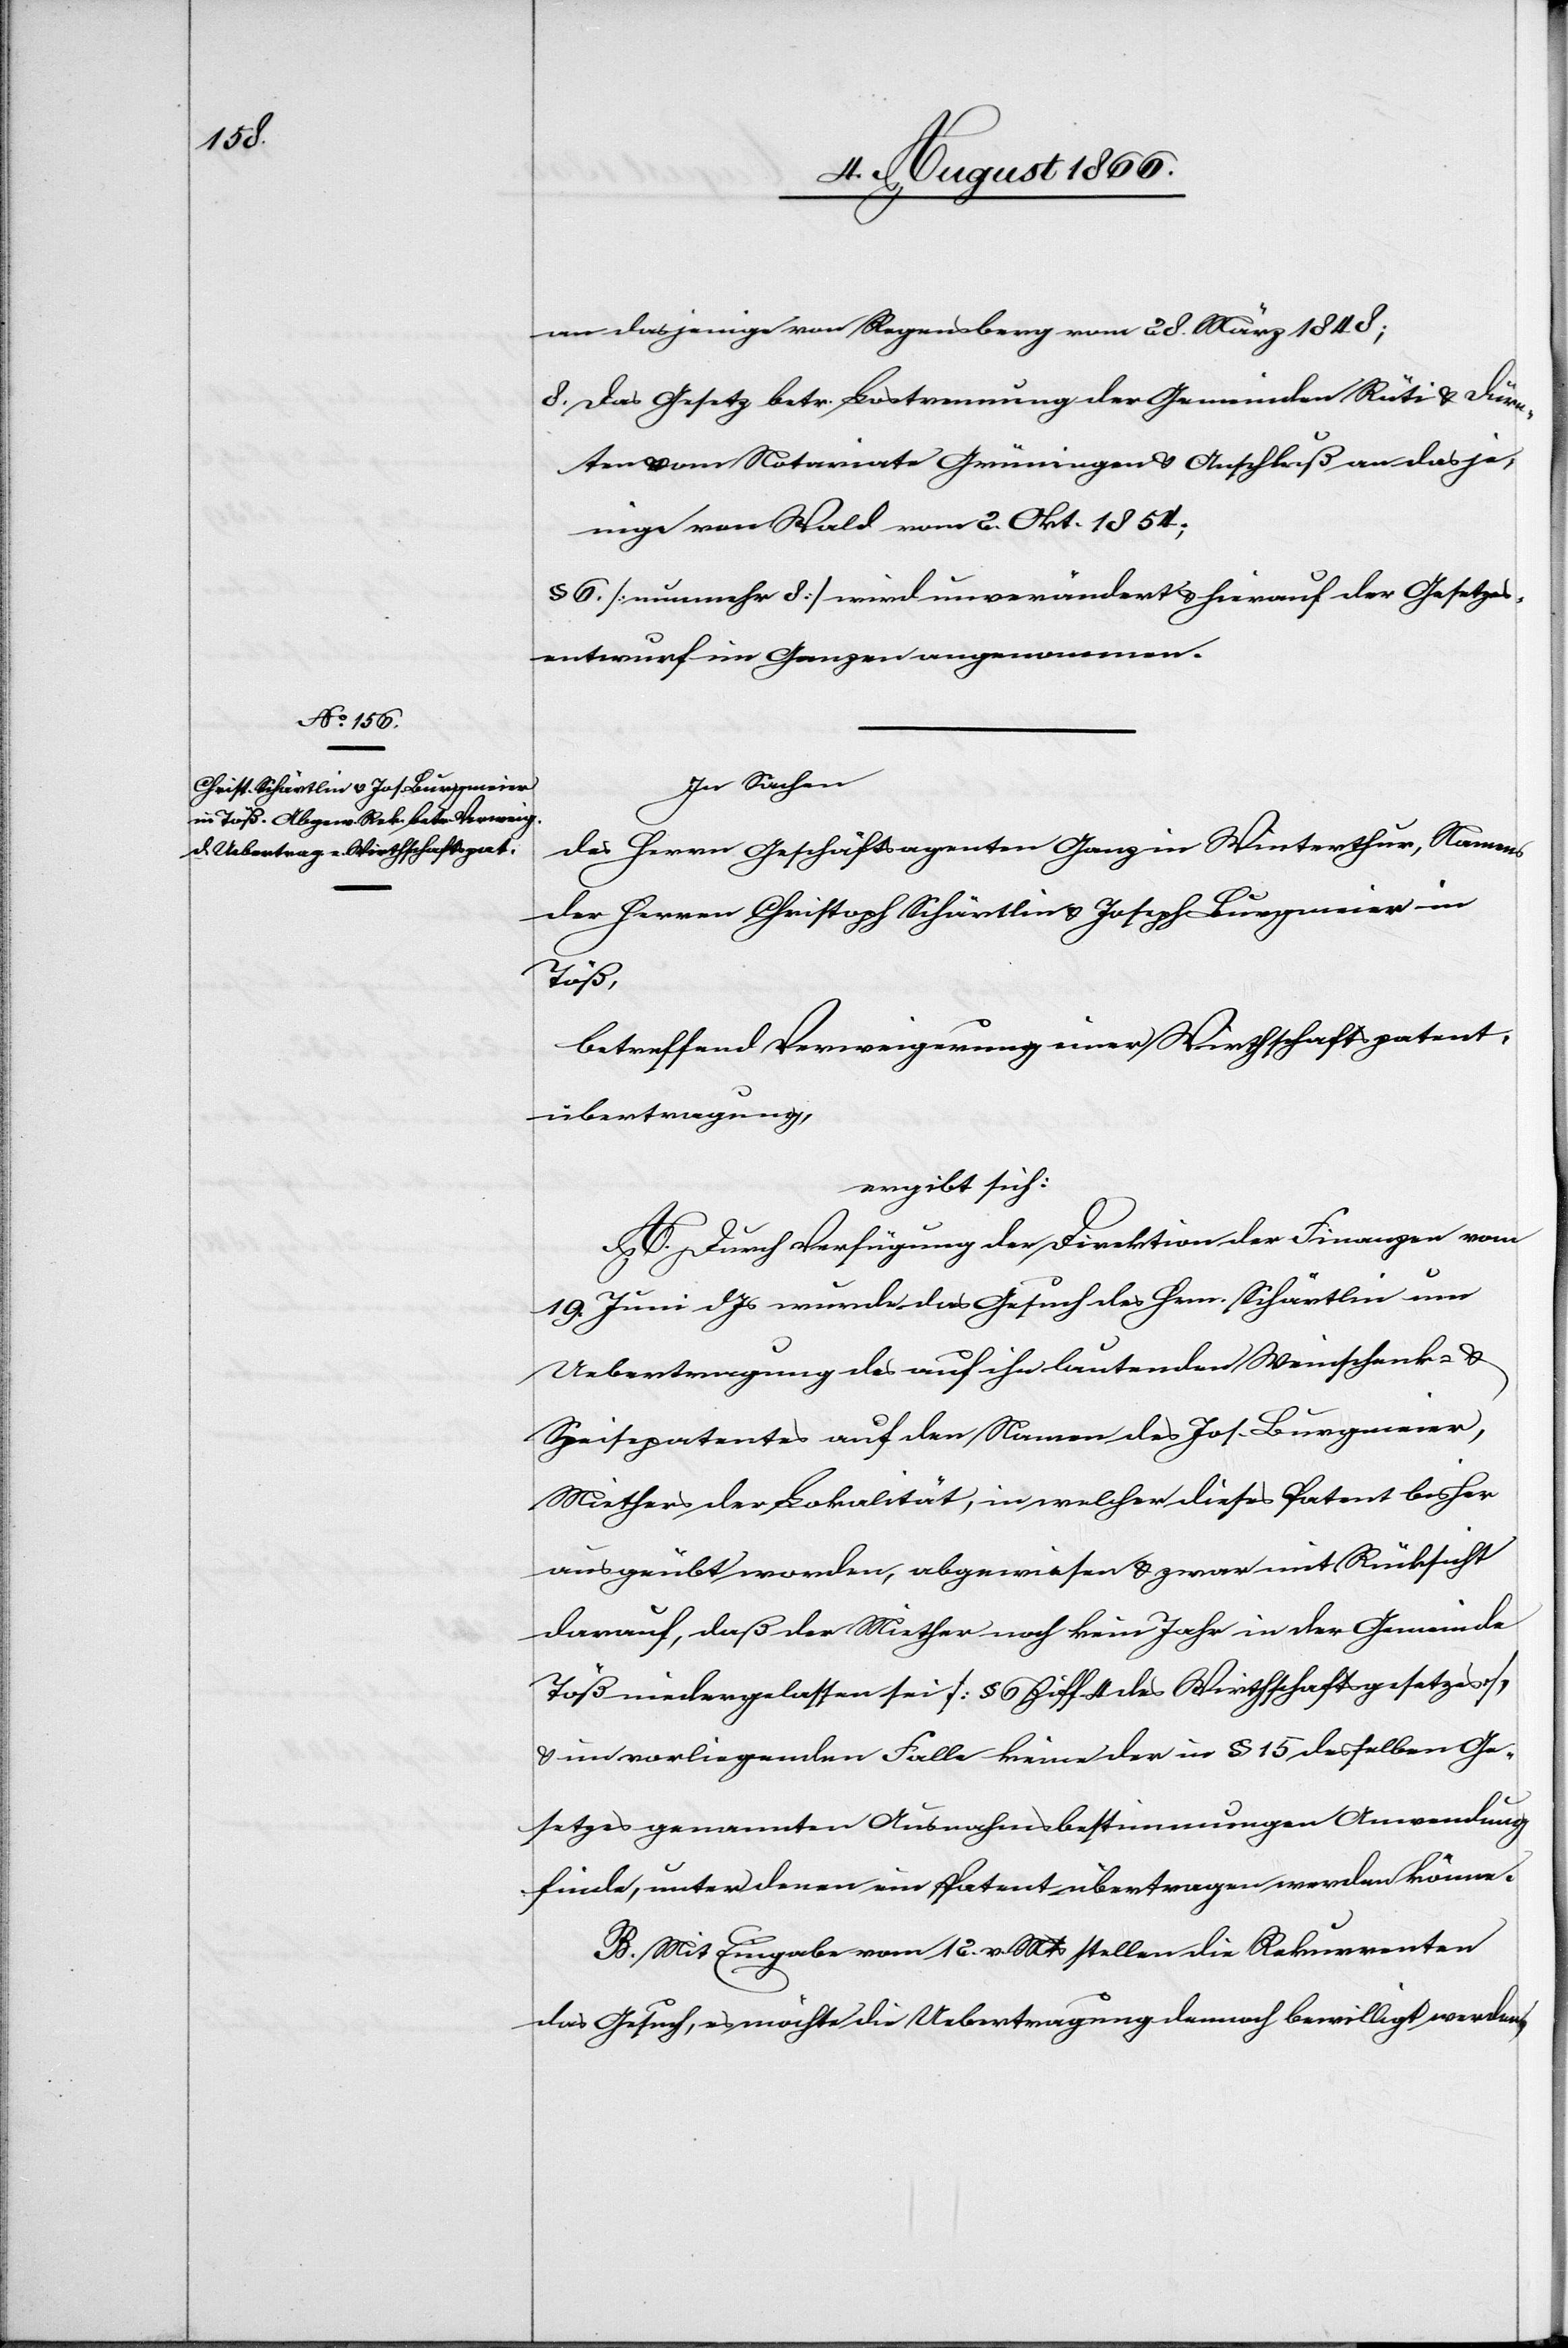
an dasjenige von Regensberg vom 28. März 1848;
8. Das Gesetz betr. Lostrennung der Gemeinden Rüti u. Dürn¬
ten vom Notariate Grüningen u. Anschluß an dasje¬
nige von Wald vom 2. Okt. 1854;[“]
§ 6 [nunmehr 8] wird unverändert u. hierauf der Gesetzes¬
entwurf im Ganzen angenommen.
In Sachen
des Herrn Geschäftsagenten Ganz in Winterthur, Namens
der Herren Christoph Schärtlin u. Joseph Burgmeier in
Töß,
betreffend Verweigerung einer Wirthschaftspatent¬
übertragung,
ergibt sich:
A. Durch Verfügung der Direktion der Finanzen vom
19. Juni dJs wurde das Gesuch des Hrn. Schärtlin um
Uebertragung des auf ihn lautenden Weinschenk- u.
Speisepatentes auf den Namen des Jos. Burgmeier,
Miether der Lokalität, in welcher dieses Patent bisher
ausgeübt worden, abgewiesen u. zwar mit Rücksicht
darauf, daß der Miether noch kein Jahr in der Gemeinde
Töß niedergelassen sei [§ 5 Ziff. 4 des Wirthschaftsgesetzes]
u. im vorliegenden Falle keine der in § 15 desselben Ge¬
setzes genannten Ausnahmsbestimmungen Anwendung
finde, unter denen ein Patent übertragen werden können.
B. Mit Eingabe vom 12. v. Mts. stellen die Rekurrenten
das Gesuch, es möchte die Uebertragung dennoch bewilligt werden.